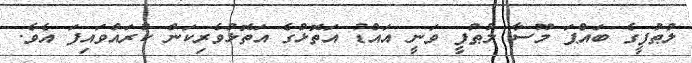
ލުޠުފީގެ ބައްޕަ މޫސާ ލުޠުފީ ވަނީ އައްޑު އަތޮޅުގެ އަތޮޅުވެރިކަން ކުރައްވައިފަ އެވެ.